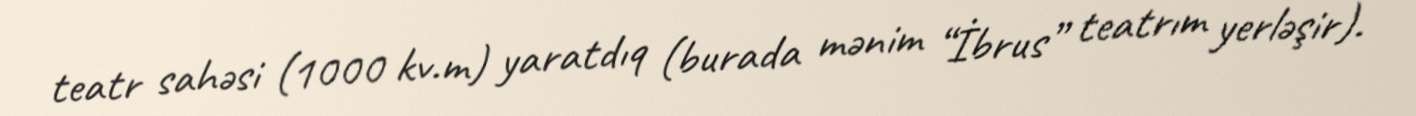
teatr sahəsi (1000 kv.m) yaratdıq (burada mənim “İbrus” teatrım yerləşir).